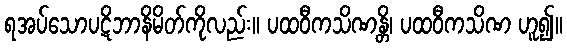
ရအပ်သောပဋိဘာနိမိတ်ကိုလည်း။ ပထဝီကသိဏန္တိ၊ ပထဝီကသိဏ ဟူ၍။